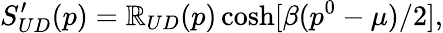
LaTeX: S_{UD}^{\prime}(p)=\mathbb{R}_{UD}(p)\cosh[\beta(p^{0}-\mu)/2],